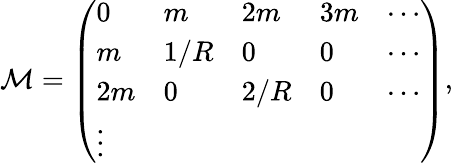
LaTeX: {\cal M}=\left(\begin{array}{lllll}{{0}}&{{m}}&{{2m}}&{{3m}}&{{\cdots}}\\ {{m}}&{{1/R}}&{{0}}&{{0}}&{{\cdots}}\\ {{2m}}&{{0}}&{{2/R}}&{{0}}&{{\cdots}}\\ {{\vdots}}\end{array}\right),